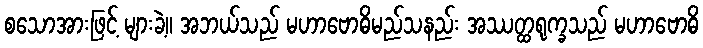
စသောအားဖြင့် များခဲ့။ အဘယ်သည် မဟာဗောဓိမည်သနည်း အဿတ္ထရုက္ခသည် မဟာဗောဓိ